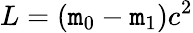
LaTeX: L=(\mathtt{m}_{0}-\mathtt{m}_{1})c^{2}